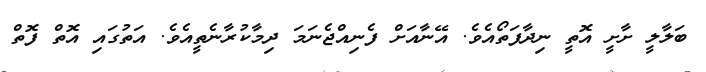
ބަލާލީ ށާށީ އޮތީ ނިދާފަތޯއެވެ. އޭނާއަށް ފެނިއްޖެނަމަ ދިމާކުރާނެތީއެވެ. އަތުގައި އޮތް ފޮތް